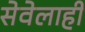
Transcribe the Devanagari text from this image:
सेवेलाही